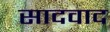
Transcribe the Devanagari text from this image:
सादवाद